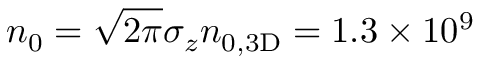
n _ { 0 } = \sqrt { 2 \pi } \sigma _ { z } n _ { 0 , \mathrm { { 3 D } } } = 1 . 3 \times 1 0 ^ { 9 }